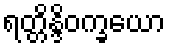
ရတ္တိန္ဒိဝက္ခယော